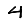
Digit: 4